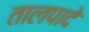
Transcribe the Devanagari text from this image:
तालपादे